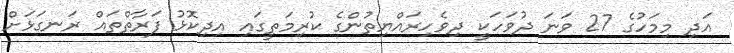
އަދި މިމަހުގެ 27 ވަނަ ދުވަހަކީ ދިވެހިރައްޔިތުންގެ ކުރިމަތީގައި އިދިކޮޅު ފަރާތްތައް ރަނގަޅަށް